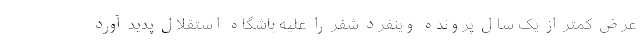
عرض کمتر از یک سال پرونده وینفرد شفر را علیه باشگاه استقلال پدید آورد